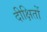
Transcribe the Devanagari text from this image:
दीक्षितों